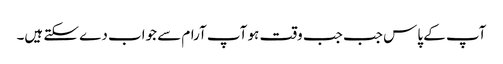
آپ کے پاس جب جب وقت ہو آپ آرام سے جواب دے سکتے ہیں۔